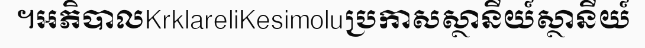
។អភិបាលKrklareliKesimoluប្រកាសស្ថានីយ៍ស្ថានីយ៍